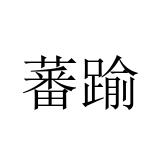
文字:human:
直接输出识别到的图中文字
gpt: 蕃踰